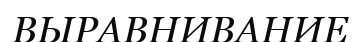
ВЫРАВНИВАНИЕ